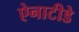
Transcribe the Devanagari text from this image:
ऐनाटीडे